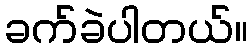
ခက်ခဲပါတယ်။